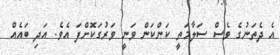
އެ ދެތަނުގެ ވެސް ސަލާމަތީ ކަންކަން ވަނީ ވަރުގަކޮށްފަ އެވެ. އަދި ބައެއް